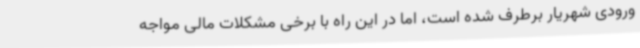
ورودی شهریار برطرف شده است، اما در این راه با برخی مشکلات مالی مواجه